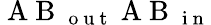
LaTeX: \mathrm{~A~B~}_{\mathrm{~o~u~t~}}\mathrm{~A~B~}_{\mathrm{~i~n~}}